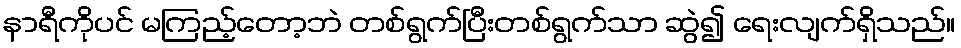
နာရီကိုပင် မကြည့်တော့ဘဲ တစ်ရွက်ပြီးတစ်ရွက်သာ ဆွဲ၍ ရေးလျက်ရှိသည်။